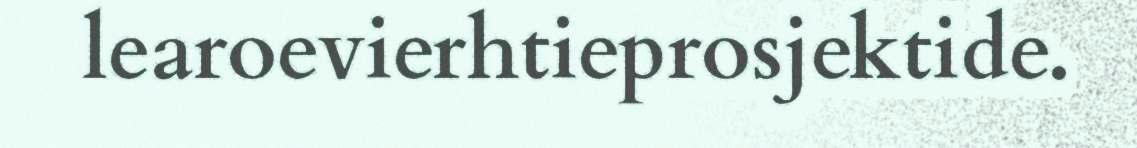
learoevierhtieprosjektide.